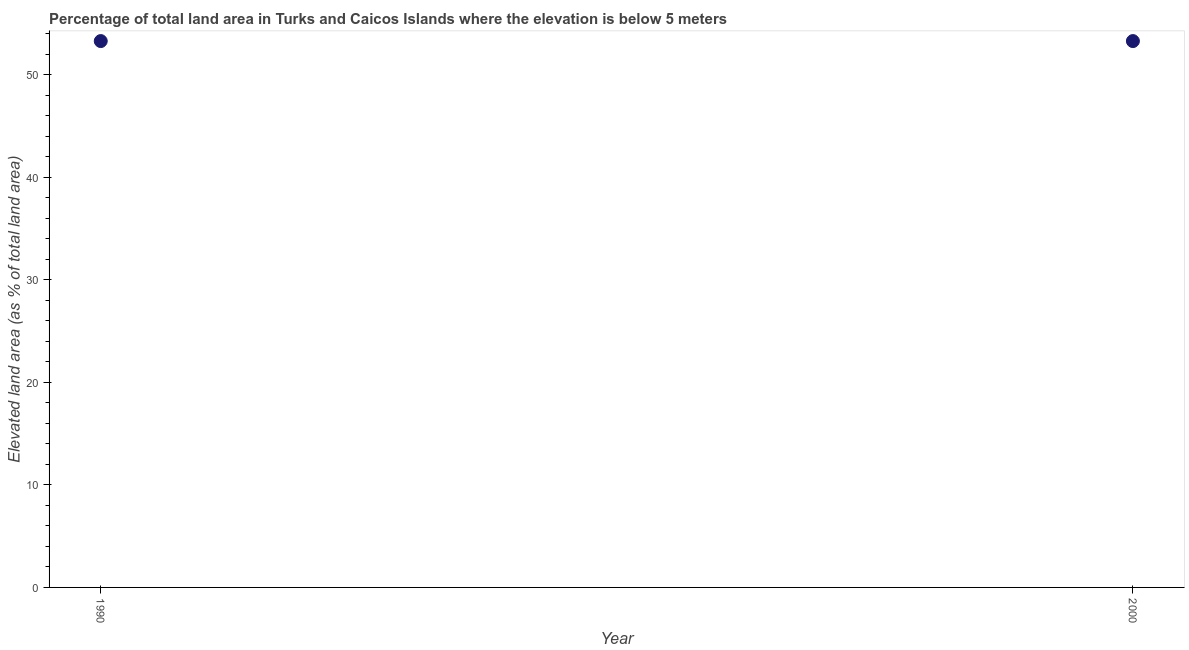
| Year | Land area |
 | --- | --- |
 | 1990 | 53.3 |
 | 2000 | 53.3 |